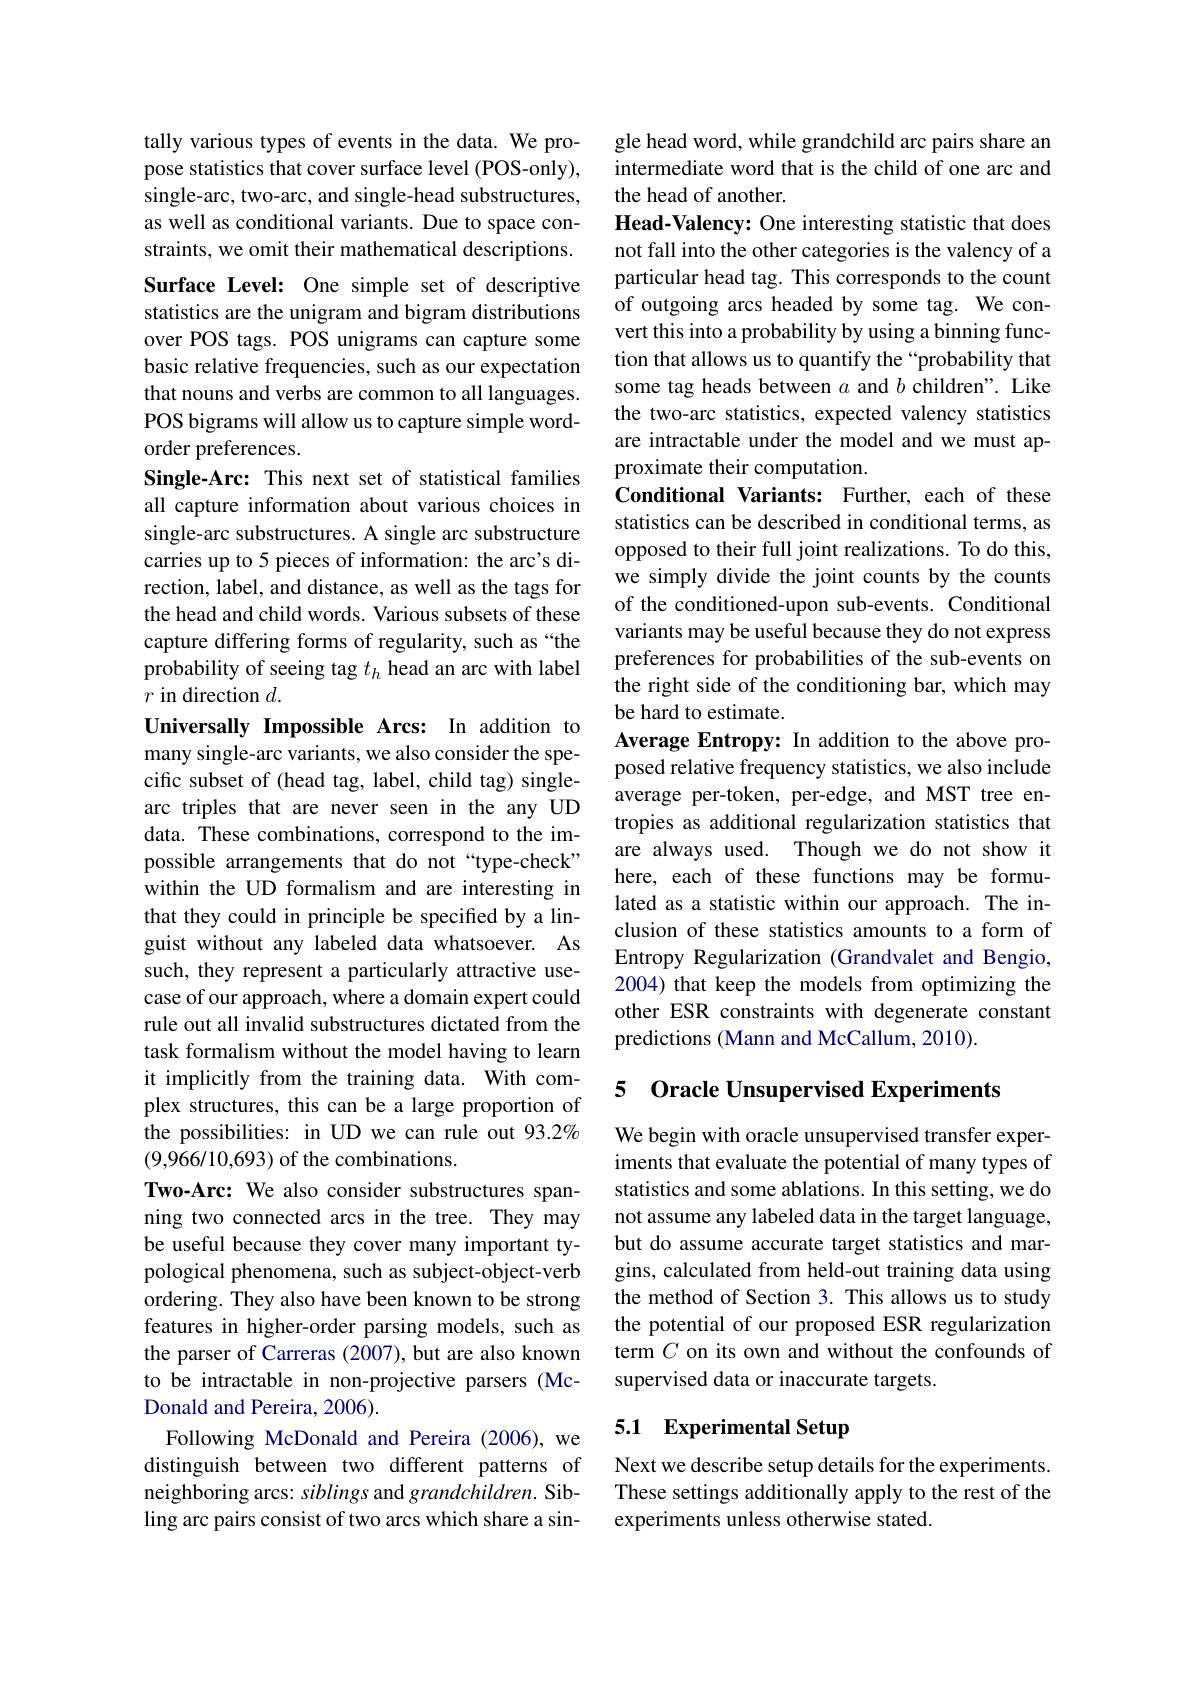
tally various types of events in the data. We propose statistics that cover surface level (POS-only), single-arc, two-arc, and single-head substructures, as well as conditional variants. Due to space constraints, we omit their mathematical descriptions. Surface Level: One simple set of descriptive statistics are the unigram and bigram distributions over POS tags. POS unigrams can capture some basic relative frequencies, such as our expectation that nouns and verbs are common to all languages. POS bigrams will allow us to capture simple wordorder preferences.
Single-Arc: This next set of statistical families all capture information about various choices in single-arc substructures. A single arc substructure carries up to 5 pieces of information: the arc's direction, label, and distance, as well as the tags for the head and child words. Various subsets of these capture differing forms of regularity, such as “the probability of seeing tag $t_h$ head an arc with label $r$ in direction $d.$
Universally Impossible Arcs: In addition to

many single-arc variants, we also consider the specific subset of (head tag, label, child tag) singlearc triples that are never seen in the any UD data. These combinations, correspond to the impossible arrangements that do not“type-check” within the UD formalism and are interesting in that they could in principle be specified by a linguist without any labeled data whatsoever. As such, they represent a particularly attractive usecase of our approach, where a domain expert could rule out all invalid substructures dictated from the task formalism without the model having to learn it implicitly from the training data. With complex structures, this can be a large proportion of the possibilities: in UD we can rule out 93.2% (9,966/10,693) of the combinations.
Two-Arc: We also consider substructures spanning two connected arcs in the tree. They may be useful because they cover many important typological phenomena, such as subject-object-verb ordering. They also have been known to be strong features in higher-order parsing models, such as the parser of Carreras (2007), but are also known to be intractable in non-projective parsers (McDonald and Pereira, 2006).
Following McDonald and Pereira (2006), we distinguish between two different patterns of neighboring arcs: siblings and grandchildren. Sibling arc pairs consist of two arcs which share a sin-

gle head word, while grandchild arc pairs share an intermediate word that is the child of one arc and the head of another.
Head-Valency: One interesting statistic that does not fall into the other categories is the valency of a particular head tag. This corresponds to the count of outgoing arcs headed by some tag. We convert this into a probability by using a binning function that allows us to quantify the “probability that some tag heads between $a$ and $b$ children". Like the two-arc statistics, expected valency statistics are intractable under the model and we must approximate their computation.
Conditional Variants: Further, each of these statistics can be described in conditional terms, as opposed to their full joint realizations. To do this, we simply divide the joint counts by the counts of the conditioned-upon sub-events. Conditional variants may be useful because they do not express preferences for probabilities of the sub-events on the right side of the conditioning bar, which may be hard to estimate.
Average Entropy: In addition to the above proposed relative frequency statistics, we also include average per-token, per-edge, and MST tree entropies as additional regularization statistics that are always used. Though we do not show it here, each of these functions may be formulated as a statistic within our approach. The inclusion of these statistics amounts to a form of Entropy Regularization (Grandvalet and Bengio, 2004) that keep the models from optimizing the other ESR constraints with degenerate constant predictions (Mann and McCallum, 2010).

## 5 Oracle Unsupervised Experiments

We begin with oracle unsupervised transfer experiments that evaluate the potential of many types of statistics and some ablations. In this setting, we do not assume any labeled data in the target language, but do assume accurate target statistics and margins, calculated from held-out training data using the method of Section 3. This allows us to study the potential of our proposed ESR regularization term $C$ on its own and without the confounds of supervised data or inaccurate targets.

### 5.1 Experimental Setup

Next we describe setup details for the experiments. These settings additionally apply to the rest of the experiments unless otherwise stated.